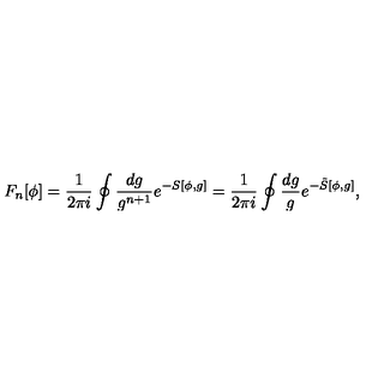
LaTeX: F _ { n } [ \phi ] = \frac { 1 } { 2 \pi i } \oint \frac { d g } { g ^ { n + 1 } } e ^ { - S [ \phi , g ] } = \frac { 1 } { 2 \pi i } \oint \frac { d g } { g } e ^ { - \tilde { S } [ \phi , g ] } ,